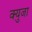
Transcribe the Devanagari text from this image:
क्युजा